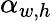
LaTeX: \alpha_{w,h}